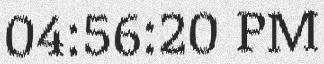
04:56:20 PM